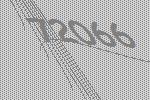
72066